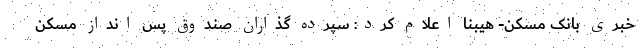
خبری بانک مسکن- هیبنا اعلام کرد: سپرده گذاران صندوق پس انداز مسکن